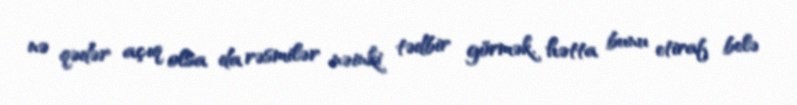
nə qədər açıq olsa da rəsmilər nəinki tədbir görmək, hətta bunu etiraf belə